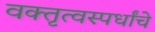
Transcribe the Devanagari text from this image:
वक्तृत्वस्पर्धांचे